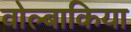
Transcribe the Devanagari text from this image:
वोल्बाकिया